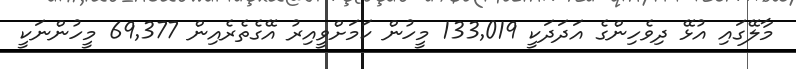
މާލޭގައި އުޅޭ ދިވެހިންގެ އަދަދަކީ 133